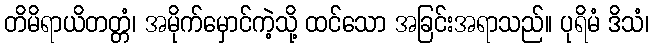
တိမိရာယိတတ္တံ၊ အမိုက်မှောင်ကဲ့သို့ ထင်သော အခြင်းအရာသည်။ ပုရိမံ ဒိသံ၊